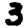
Digit: 3